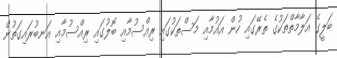
ބަލީގެ އަލާމާތްތަކުގެ ތެރޭގައި ހުން އައުމާއި މަސްތަކުގައި ރިއްސުމާއި ބޮލުގައި ރިއްސުމާއި އަނބުރައިގަތުން